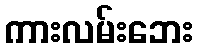
ကားလမ်းဘေး